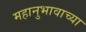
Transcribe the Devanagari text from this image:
महानुभावाच्या